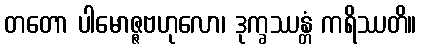
တတော ပါမောဇ္ဇဗဟုလော၊ ဒုက္ခဿန္တံ ကရိဿတိ။